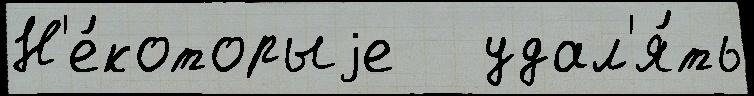
Н'е́которыjе   удал'я́ть